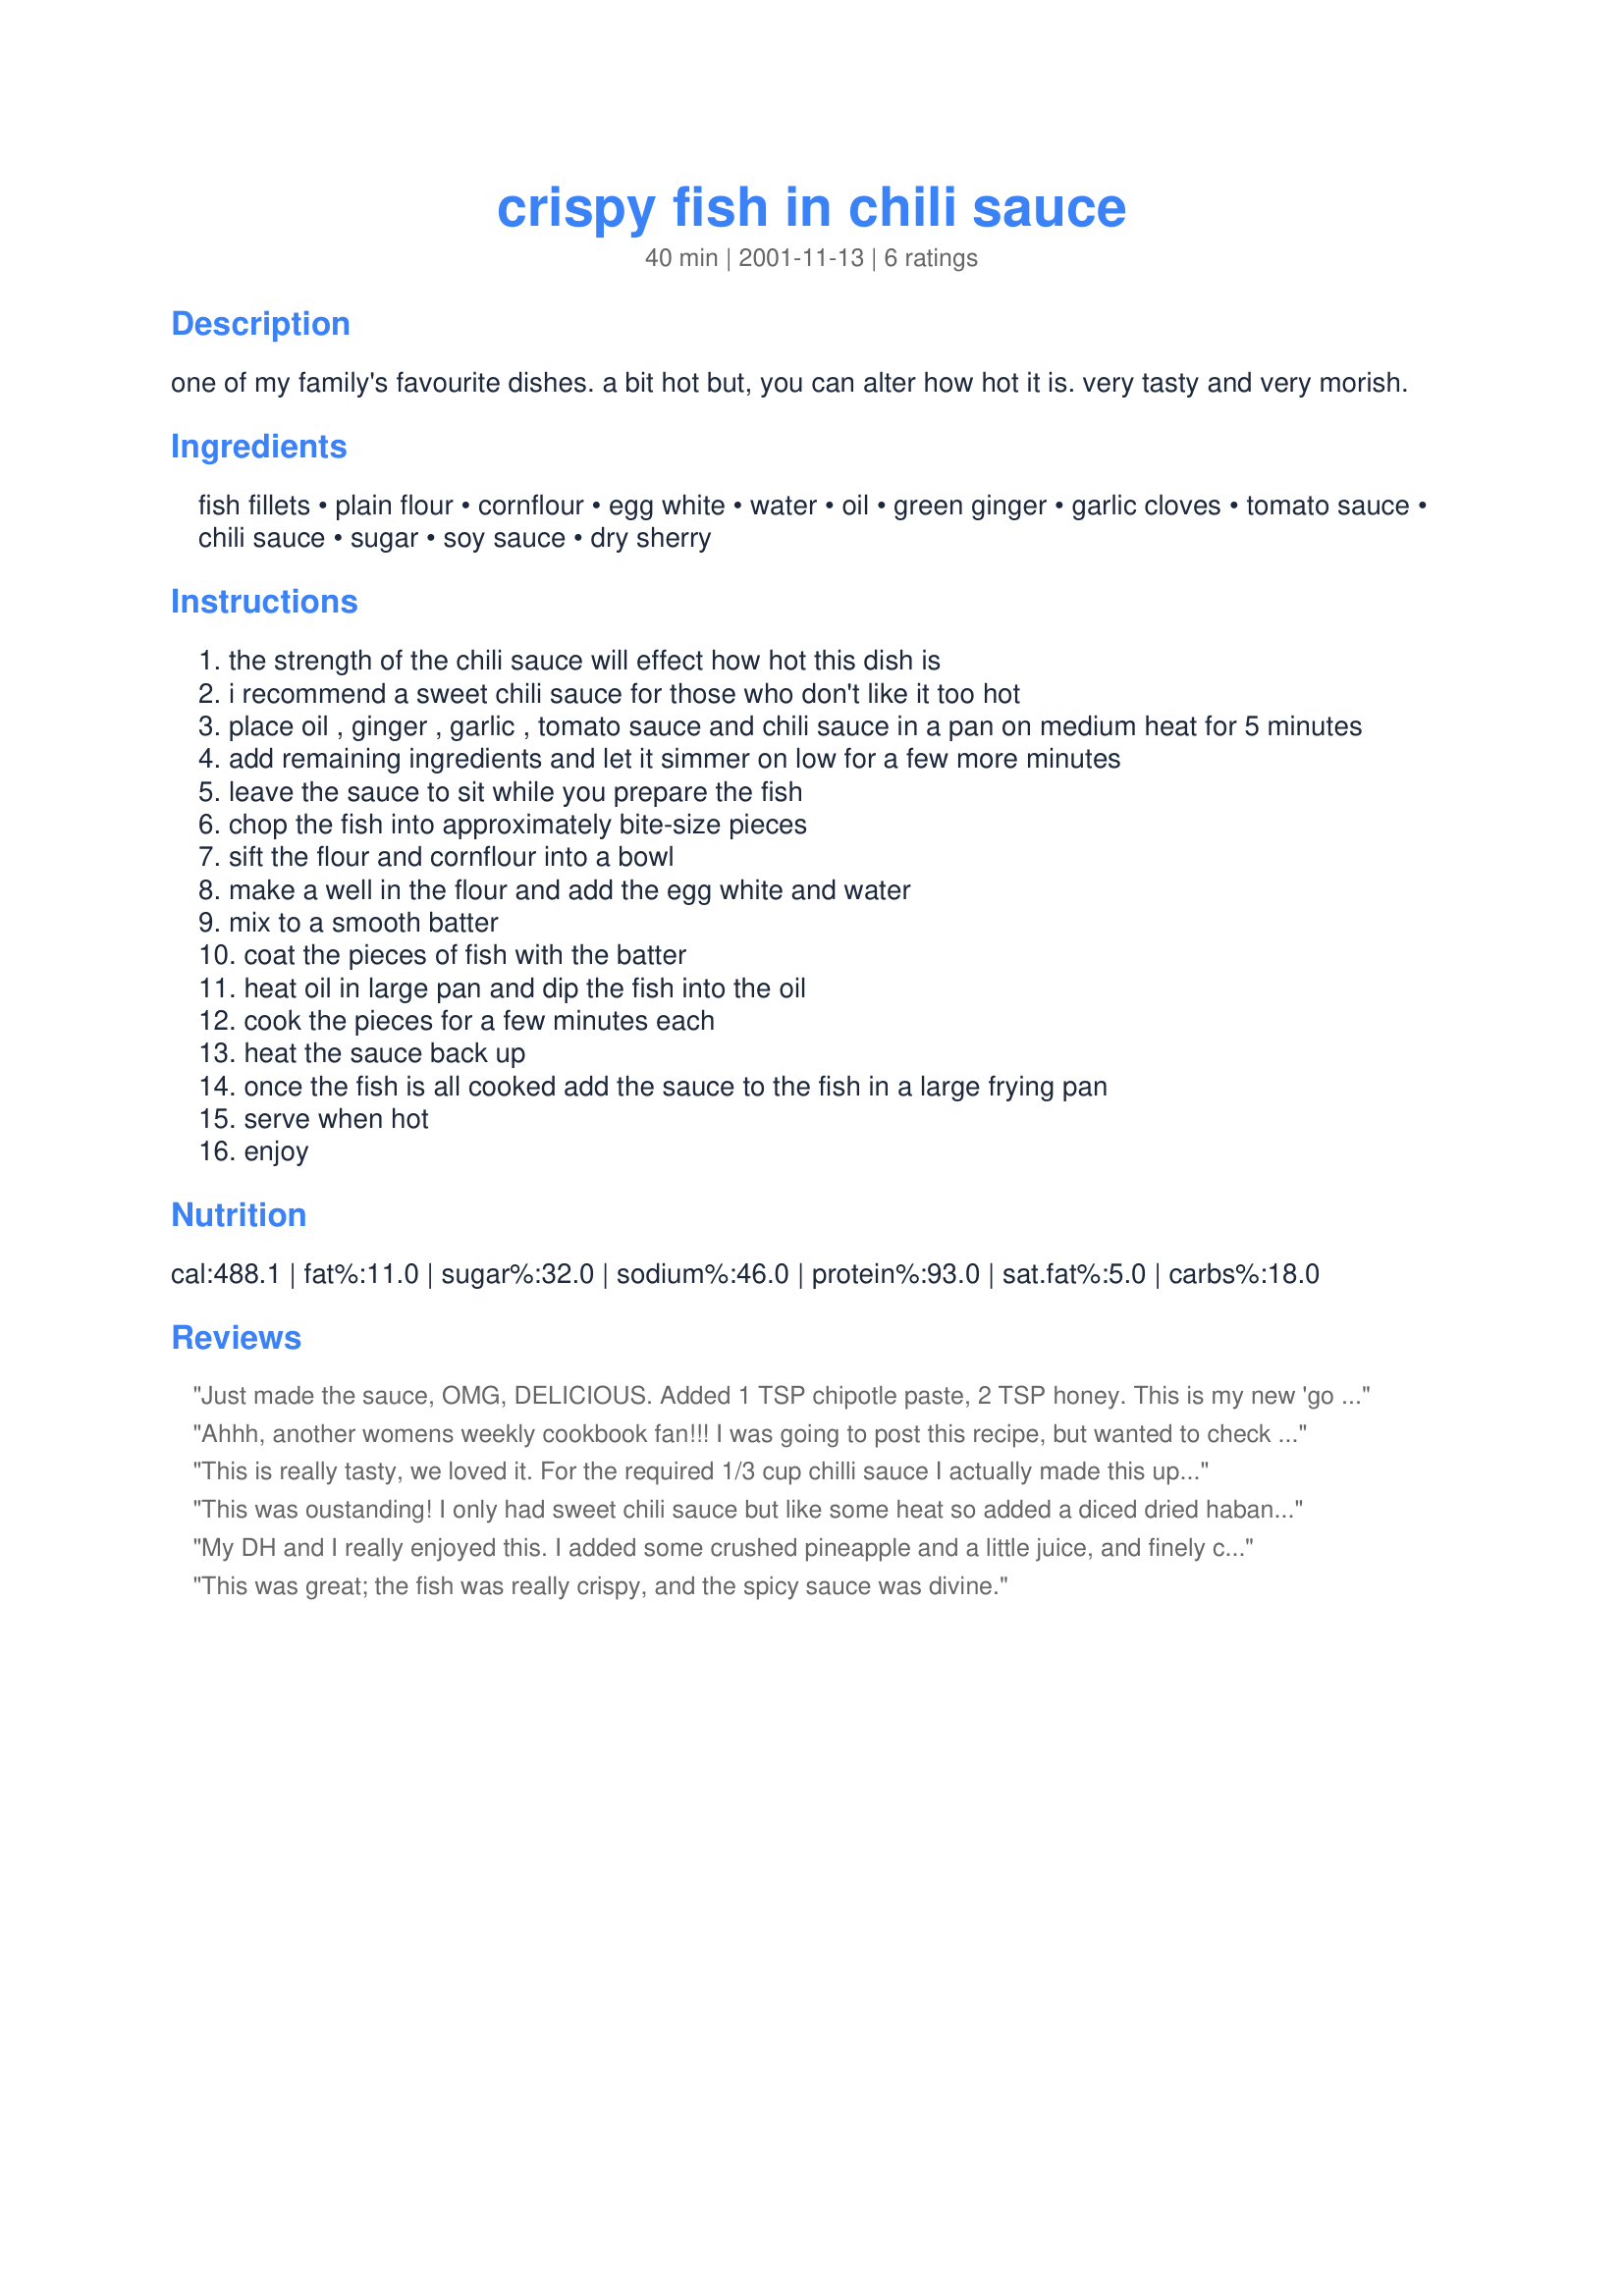
crispy fish in chili sauce
Preparation time: 40 minutes

one of my family's favourite dishes. a bit hot but, you can alter how hot it is. very tasty and very morish.

Ingredients:
fish fillets, plain flour, cornflour, egg white, water, oil, green ginger, garlic cloves, tomato sauce, chili sauce, sugar, soy sauce, dry sherry

Steps:
the strength of the chili sauce will effect how hot this dish is
i recommend a sweet chili sauce for those who don't like it too hot
place oil , ginger , garlic , tomato sauce and chili sauce in a pan on medium heat for 5 minutes
add remaining ingredients and let it simmer on low for a few more minutes
leave the sauce to sit while you prepare the fish
chop the fish into approximately bite-size pieces
sift the flour and cornflour into a bowl
make a well in the flour and add the egg white and water
mix to a smooth batter
coat the pieces of fish with the batter
heat oil in large pan and dip the fish into the oil
cook the pieces for a few minutes each
heat the sauce back up
once the fish is all cooked add the sauce to the fish in a large frying pan
serve when hot
enjoy

Reviews:
Just made the sauce, OMG, DELICIOUS. Added 1 TSP chipotle paste, 2 TSP honey. This is my new 'go to' sticky chilli sauce. Mmm.
Ahhh, another womens weekly cookbook fan!!!
I was going to post this recipe, but wanted to check first, lucky I did!
This is FIRST CLASS!
I agree about the sauce, the 2nd lot I made was tooo hot, now I use Watto's Chilli sauce by Chrissyo, its great.
I would also suggest that you cook the fish till nearly done, and when your ready to serve, give them another dip in the hot oil, just to make them more crunchy, and then into the sauce to coat. They seem to absorb the sauce better. Seeing I cant post this recipe, can I suggest you serve it with my micro-wave fried rice (94211)
thanks Ben :)
This is really tasty, we loved it. For the required 1/3 cup chilli sauce I actually made this up with 1/2 hot chilli sauce and 1/2 sweet chilli sauce and the end result was great. Surprisingly quick and easy to put together - I cooked my sauce earlier in the day and just reheated in the microwave when I was ready to serve. I did leave my garlic to cook by itself slightly on low before adding the other ingredients, just to remove that raw garlic flavour. Also used more water for the batter. Thanks for posting Ben, this is a definite keep for our family.
This was oustanding! I only had sweet chili sauce but like some heat so added a diced dried habanero, however I could tell the sauce had enough other flavours that anyone who likes it milder would enjoy just as much with only sweet chili sauce. The consistency of the batter and sauce was great and your directions were spot on to give a great result.
My DH and I really enjoyed this. I added some crushed pineapple and a little juice, and finely chopped kiwi in with the sauce to sweeten it a little further. I didn't put the fish in the sauce, but instead poured over the fish, and it was excellent! This is a do again recipe for us!
This was great; the fish was really crispy, and the spicy sauce was divine.
